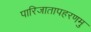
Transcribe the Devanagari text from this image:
पारिजातापहरणमु